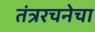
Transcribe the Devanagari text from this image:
तंत्ररचनेचा